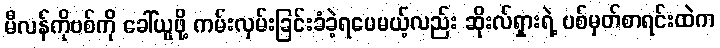
မီလန်ကိုဗစ်ကို ခေါ်ယူဖို့ ကမ်းလှမ်းခြင်းခံခဲ့ရပေမယ့်လည်း ဆိုးလ်ရှားရဲ့ ပစ်မှတ်စာရင်းထဲက